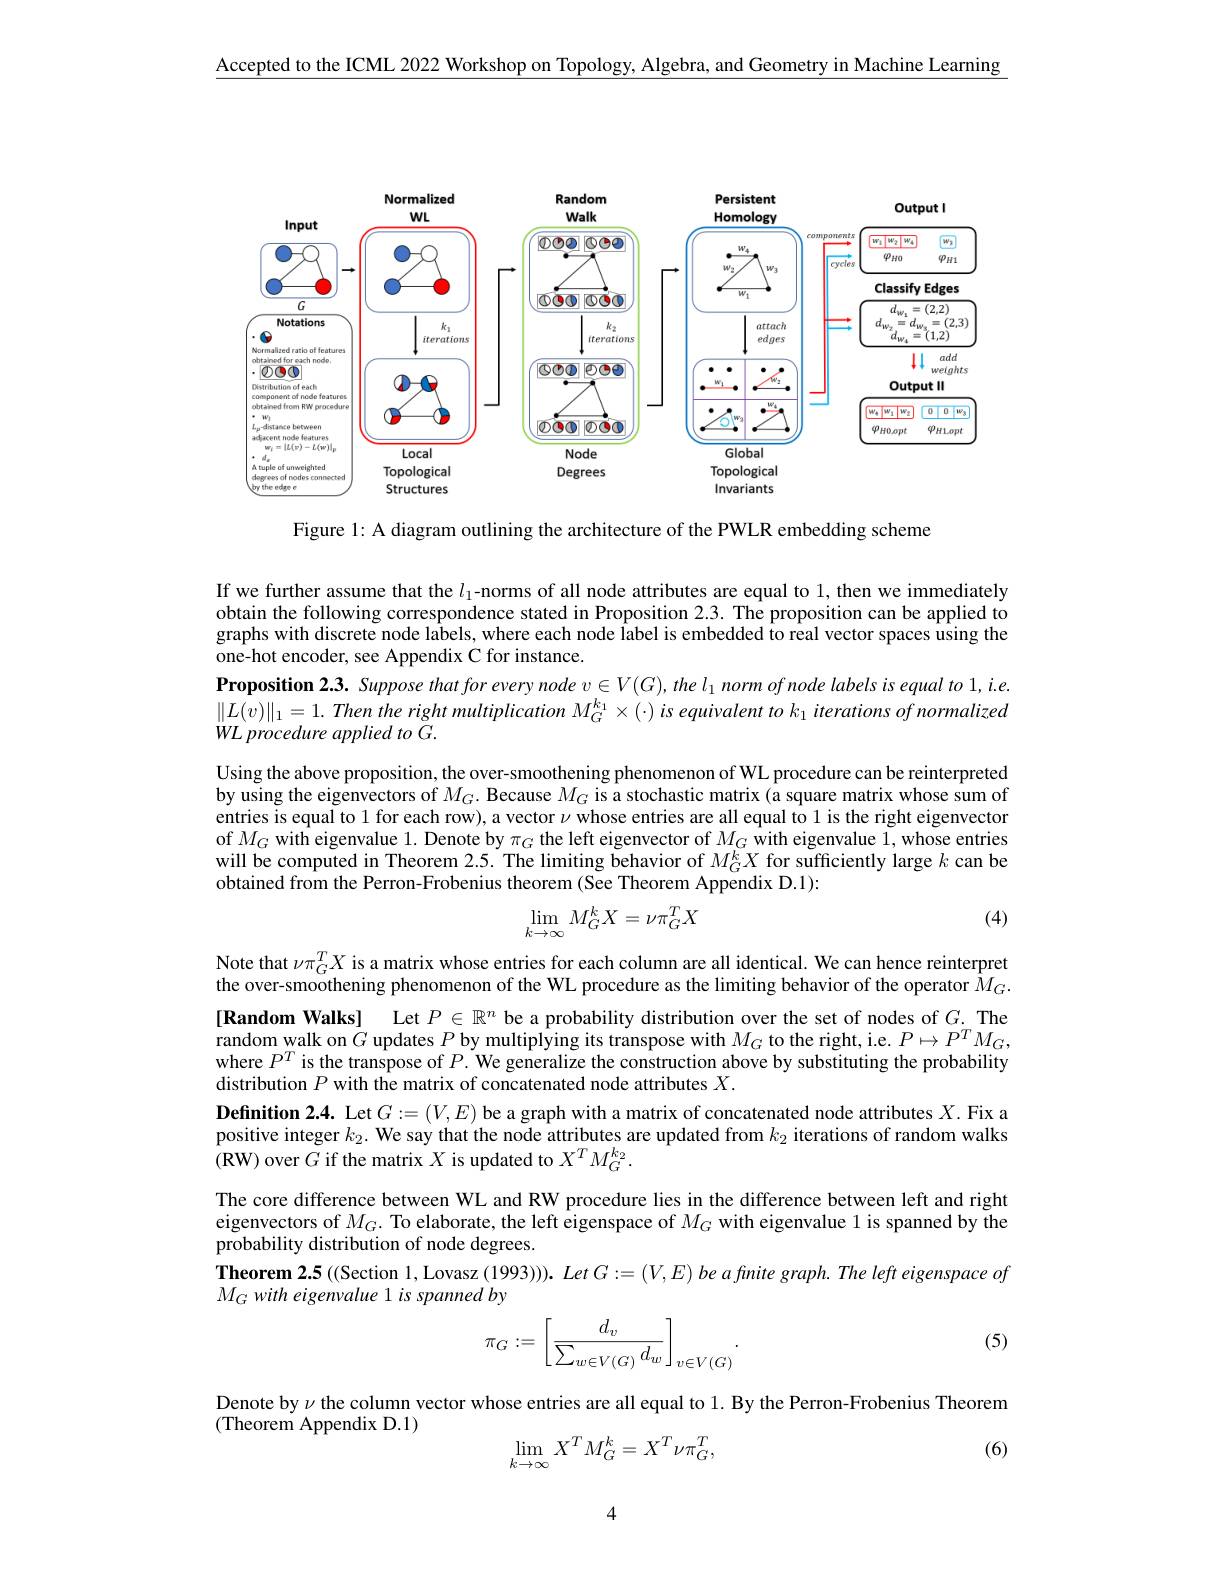
Accepted to the ICML 2022 Workshop on Topology, Algebra, and Geometry in Machine Learning

<FigureHere>

Figure 1: A diagram outlining the architecture of the PWLR embedding scheme

If we further assume that the $l_1$-norms of all node attributes are equal to 1, then we immediately obtain the following correspondence stated in Proposition 2.3. The proposition can be applied to graphs with discrete node labels, where each node label is embedded to real vector spaces using the one-hot encoder, see Appendix C for instance.
Proposition 2.3. Suppose that for every node $v\in V(G),thel_{1}$ norm of node labels is equal to 1, i.e. $\|L(v)\|_1=1.\textit{ Then the right multiplication M}_G^{k_1}\times(\cdot)$ is equivalent to $k_1\textit{iterations of normalized}$ $WL\textit{procedure applied to G}.$
Using the above proposition, the over-smoothening phenomenon of WL procedure can be reinterpreted by using the eigenvectors of $M_G.$ Because $M_G$ is a stochastic matrix (a square matrix whose sum of entries is equal to 1 for each row), a vector $\nu$ whose entries are all equal to 1 is the right eigenvector of $M_G$ with eigenvalue 1. Denote by $\pi_G$ the left eigenvector of $M_G$ with eigenvalue 1, whose entries will be computed in Theorem 2.5. The limiting behavior of $M_G^kX$ for süfficiently large $k$ can be obtained from the Perron-Frobenius theorem (See Theorem Appendix D.1):

(4)
$$\lim_{k\to\infty}M_{G}^{k}X=\nu\pi_{G}^{T}X$$
Note that $\nu\pi_G^TX$ is a matrix whose entries for each column are all identical. We can hence reinterpret the over-smoothening phenomenon of the WL procedure as the limiting behavior of the operator $\hat{M}_G.$ [Random Walks] Let $P\in\mathbb{R}^n$ be a probability distribution over the set of nodes of $G.$ The random walk on $G$ updates $P$ by multiplying its transpose with $M_G$ to the right, i.e. $P\mapsto P^TM_G$, where $P^T$ is the transpose of $P.$ We generalize the construction above by substituting the probability distribution $P$ with the matrix of concatenated node attributes $X.$
Definition 2.4. Let $G:=(V,E)$ be a graph with a matrix of concatenated node attributes $X.$ Fix a positive integer $k_2.$ We say that the node attributes are updated from $k_2$ iterations of random walks (RW) over $G$ if the matrix $X$ is updated to $X^TM_G^{k_2}.$
The core difference between WL and RW procedure lies in the difference between left and right eigenvectors of $M_G.$ To elaborate, the left eigenspace of $M_G$ with eigenvalue 1 is spanned by the probability distribution of node degrees.
Theorem 2.5 ((Section 1, Lovasz (1993))). $LetG:=(V,E)$ be a finite graph. The left eigenspace of
$M_Gwith\textit{ eigenvalue 1 is spanned by}$
$$\pi_G:=\left[\frac{d_v}{\sum_{w\in V(G)}d_w}\right]_{v\in V(G)}.$$
(5)

Denote by $\nu$ the column vector whose entries are all equal to 1. By the Perron-Frobenius Theorem
(Theorem Appendix D.1)
$$\lim\limits_{k\to\infty}X^TM_G^k=X^T\nu\pi_G^T,$$
(6)

4